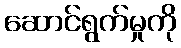
ဆောင်ရွက်မှုကို